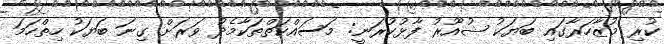
ކުރި މުޒާހަރާގައި ބަޔަކު ޝުއޫރު ފާޅުކުރަނީ: މަސައްކަތްތަކާމެދު ވަރަށް ގިނަ ބަޔަކު ހިތްހަމަ